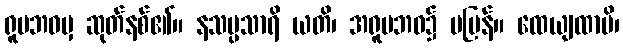
ရူပဘဝမှ ဆုတ်နစ်၏။ နသမ္ပသာရိ ယတိ၊ အရူပဘဝ၌ မပြန်။ ထေယျထာပိ၊